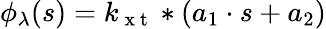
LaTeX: \begin{array}{r}{\phi_{\lambda}(s)=k_{\mathrm{~x~t~}}*(a_{1}\cdot s+a_{2})}\end{array}